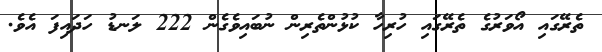
ތެރޭގައި އޯވަރުގެ ތެރޭގައި ހުރިހާ ކުޅުންތެރިން ނުބައިވެގެން 222 ލަނޑު ހަދައިފަ އެވެ.